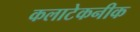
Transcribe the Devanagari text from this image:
कलाटेकनीक